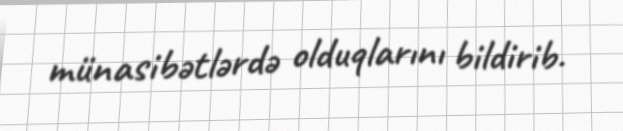
münasibətlərdə olduqlarını bildirib.